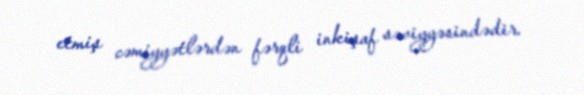
etmiş cəmiyyətlərdən fərqli inkişaf səviyyəsindədir.